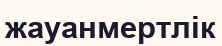
жауанмертлік